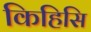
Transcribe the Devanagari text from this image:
किहिसि